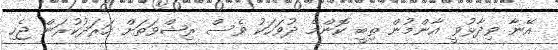
އޭނާ ވިދާޅުވީ އާންމުން ތިބީ ކޮންމެ ދުވަހަކު ވެސް ރިޝްވަތަށް ހަރަދުކުރަން ޖެހި